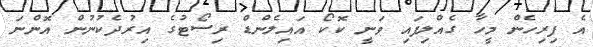
އެ ފިރިހެން މީހާ ގެއްލިފައި ވަނީ ކޮކޯ އައިލެންޑް ރިސޯޓުގެ އިރުދެކުނުން އޮންނަ